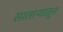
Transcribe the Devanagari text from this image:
सातार्‍यातून